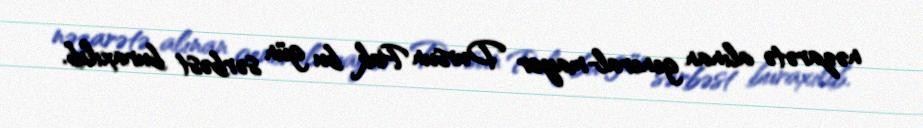
nəzarətə alınan general-mayor Dursun Pak bu gün sərbəst buraxılıb.